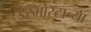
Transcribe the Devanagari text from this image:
डेस्मोस्टाच्या